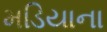
મડિયાના